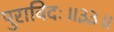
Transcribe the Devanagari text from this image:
पुराविदः॥३३॥